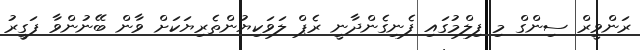
ރަންވީރް ސިންގް މި ފިލްމުގައި ފެނިގެންދާނީ ރެޕް ލަވަކިޔުންތެރިޔަކަށް ވާން ބޭނުންވާ ފަގީރު